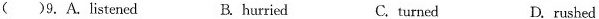
( )9. A.Listened B. hurried C.turned D. rushed